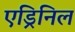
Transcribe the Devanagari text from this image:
एड्रिनिल